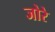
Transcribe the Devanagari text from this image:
जोरे